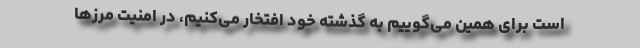
است برای همین می‌گوییم به گذشته خود افتخار می‌کنیم، در امنیت مرز‌ها